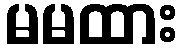
မမထား